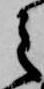
之